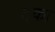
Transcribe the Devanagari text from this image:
ट्का